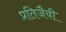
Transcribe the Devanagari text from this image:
प्रतिजैवी